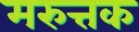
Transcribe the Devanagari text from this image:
मरुत्तक